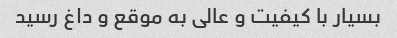
بسیار با کیفیت و عالی به موقع و داغ رسید